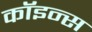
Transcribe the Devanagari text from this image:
कॉइन्स